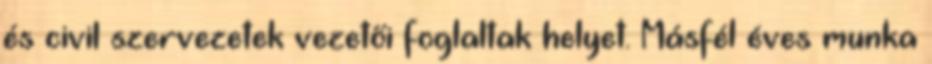
és civil szervezetek vezetői foglaltak helyet. Másfél éves munka